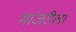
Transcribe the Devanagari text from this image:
मांजरीला